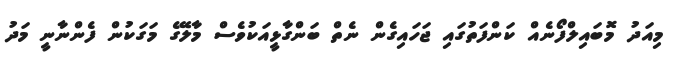
މިއަދު މޮބައިލްފޯނެއް ކަންފަތުގައި ޖަހައިގެން ނެތް ބަންގާޅީއަކުވެސް މާލޭގެ މަގަކުން ފެންނާނީ މަދު